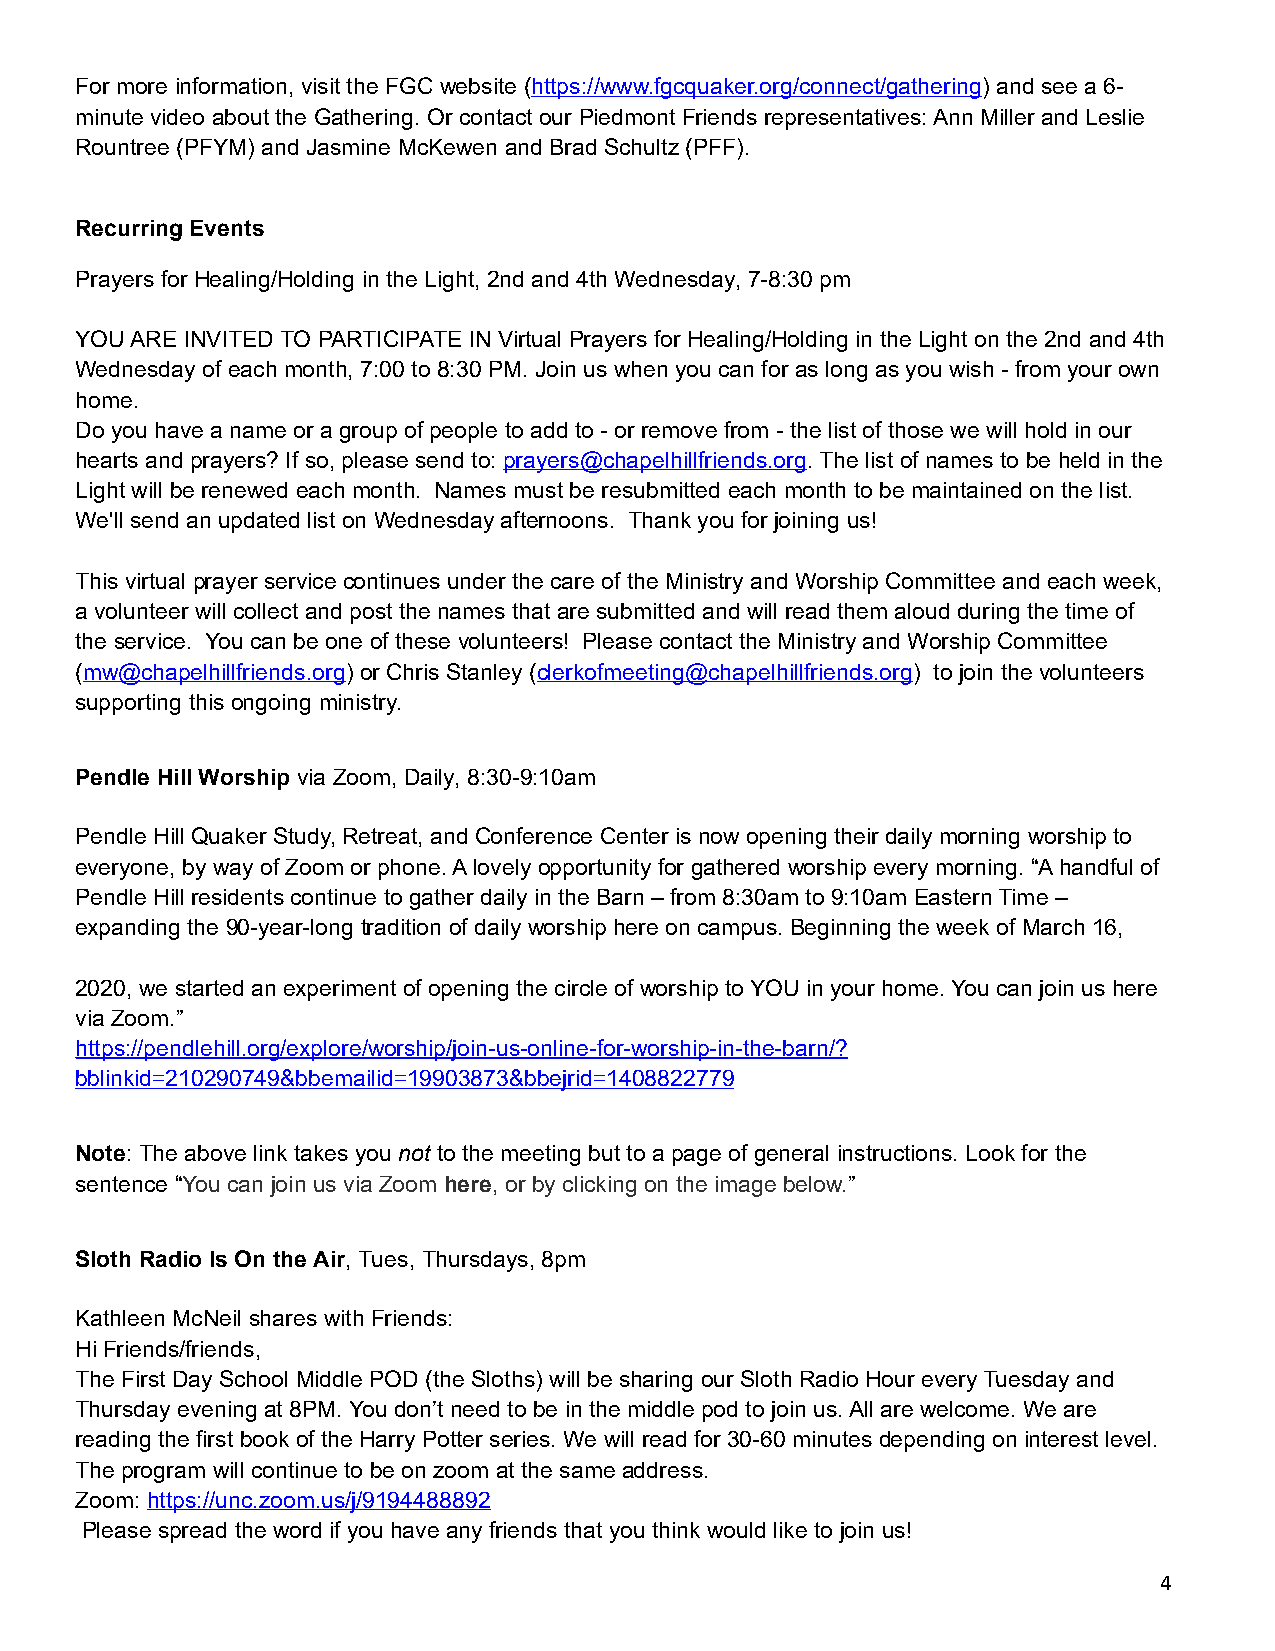
For more information, visit the FGC website (https://www.fgcquaker.org/connect/gathering) and see a 6-
 minute video about the Gathering. Or contact our Piedmont Friends representatives: Ann Miller and Leslie
 Rountree (PFYM) and Jasmine McKewen and Brad Schultz (PFF).
 Recurring Events
 Prayers for Healing/Holding in the Light, 2nd and 4th Wednesday, 7-8:30 pm
 YOU ARE INVITED TO PARTICIPATE IN Virtual Prayers for Healing/Holding in the Light on the 2nd and 4th
 Wednesday of each month, 7:00 to 8:30 PM. Join us when you can for as long as you wish - from your own
 home.
 Do you have a name or a group of people to add to - or remove from - the list of those we will hold in our
 hearts and prayers? If so, please send to: prayers@chapelhillfriends.org. The list of names to be held in the
 Light will be renewed each month. Names must be resubmitted each month to be maintained on the list.
 We'll send an updated list on Wednesday afternoons. Thank you for joining us!
 This virtual prayer service continues under the care of the Ministry and Worship Committee and each week,
 a volunteer will collect and post the names that are submitted and will read them aloud during the time of
 the service. You can be one of these volunteers! Please contact the Ministry and Worship Committee
 (mw@chapelhillfriends.org) or Chris Stanley (clerkofmeeting@chapelhillfriends.org) to join the volunteers
 supporting this ongoing ministry.
 Pendle Hill Worship via Zoom, Daily, 8:30-9:10am
 Pendle Hill Quaker Study, Retreat, and Conference Center is now opening their daily morning worship to
 everyone, by way of Zoom or phone. A lovely opportunity for gathered worship every morning. “A handful of
 Pendle Hill residents continue to gather daily in the Barn – from 8:30am to 9:10am Eastern Time –
 expanding the 90-year-long tradition of daily worship here on campus. Beginning the week of March 16,
 2020, we started an experiment of opening the circle of worship to YOU in your home. You can join us here
 via Zoom.”
 https://pendlehill.org/explore/worship/join-us-online-for-worship-in-the-barn/?
 bblinkid=210290749&bbemailid=19903873&bbejrid=1408822779
 Note: The above link takes you not to the meeting but to a page of general instructions. Look for the
 sentence “You can join us via Zoom here, or by clicking on the image below.”
 Sloth Radio Is On the Air, Tues, Thursdays, 8pm
 Kathleen McNeil shares with Friends:
 Hi Friends/friends,
 The First Day School Middle POD (the Sloths) will be sharing our Sloth Radio Hour every Tuesday and
 Thursday evening at 8PM. You don’t need to be in the middle pod to join us. All are welcome. We are
 reading the first book of the Harry Potter series. We will read for 30-60 minutes depending on interest level.
 The program will continue to be on zoom at the same address.
 Zoom: https://unc.zoom.us/j/9194488892
 Please spread the word if you have any friends that you think would like to join us!
 4